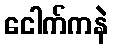
ငေါက်ကနဲ